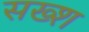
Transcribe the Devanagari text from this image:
सख्श